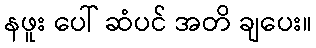
နဖူး ပေါ် ဆံပင် အတိ ချပေး။